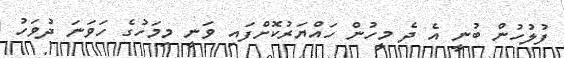
ފުލުހުން ބުނީ އެ ދެ މީހުން ހައްޔަރުކޮށްފައި ވަނީ މިމަހުގެ ހަވަނަ ދުވަހު